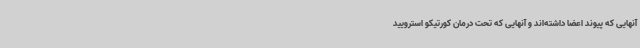
آنهایی که پیوند اعضا داشته‌اند و آنهایی که تحت درمان کورتیکو استرویید